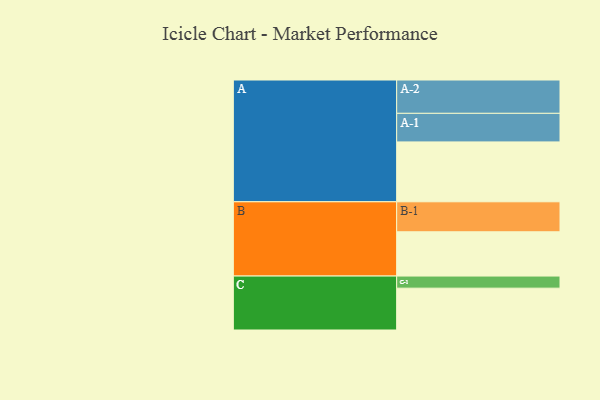
{"axis": {"x": "Segment", "y": "Value"}, "legend": ["", "A", "B", "C"], "data": [{"x": "A", "y": 465, "type": ""}, {"x": "B", "y": 344, "type": ""}, {"x": "C", "y": 325, "type": ""}, {"x": "A-1", "y": 222, "type": "A"}, {"x": "A-2", "y": 259, "type": "A"}, {"x": "B-1", "y": 233, "type": "B"}, {"x": "C-1", "y": 94, "type": "C"}]}